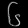
Digit: ၆